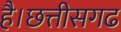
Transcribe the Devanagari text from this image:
है।छत्तीसगढ